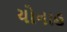
યોનાહ